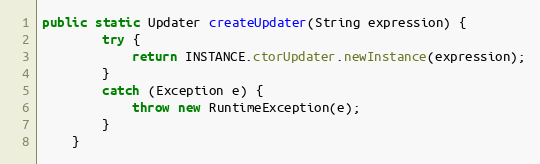
Language: Java
public static Updater createUpdater(String expression) {
        try {
            return INSTANCE.ctorUpdater.newInstance(expression);
        }
        catch (Exception e) {
            throw new RuntimeException(e);
        }
    }